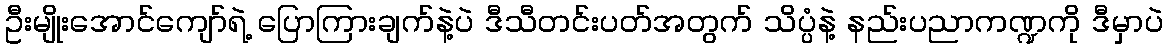
ဦးမျိုးအောင်ကျော်ရဲ့ ပြောကြားချက်နဲ့ပဲ ဒီသီတင်းပတ်အတွက် သိပ္ပံနဲ့ နည်းပညာကဏ္ဍကို ဒီမှာပဲ